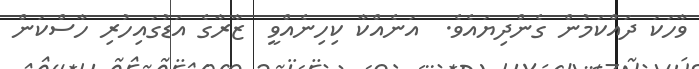
ވާހަކަ ދައްކަމުން ގެންދިޔައެވެ.  އަނެއްކާ ކިހިނެއްވީ  ޒާރާގެ އަޑުގައިހުރި ހާސްކަން